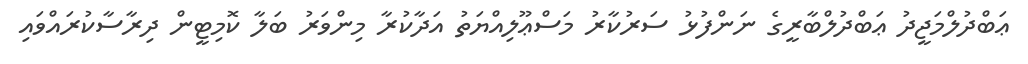
ޢަބްދުލްމަޖީދު ޢަބްދުލްބާރީގެ ނަންފުޅު ސަރުކާރު މަސްޢޫލިއްޔަތު އަދާކުރާ މިންވަރު ބަލާ ކޮމިޓީން ދިރާސާކުރައްވައި